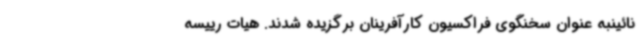
نائینبه عنوان سخنگوی فراکسیون کارآفرینان برگزیده شدند. هیات رییسه